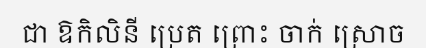
ជា ឱកិលិនី ប្រេត ព្រោះ ចាក់ ស្រោច